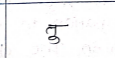
मजकूर: तु